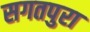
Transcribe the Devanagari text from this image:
सगतपुरा